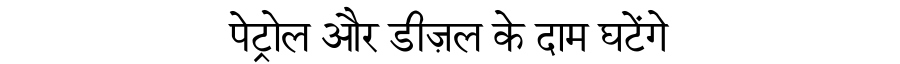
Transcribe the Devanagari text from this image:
पेट्रोल और डीज़ल के दाम घटेंगे